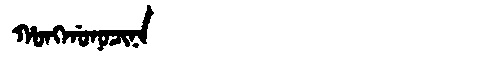
Manchu: ᡥᠣᠩᡤᠣᠨᠣᠴᡳᠨᠠ
Romanization: HONGGONOCINA